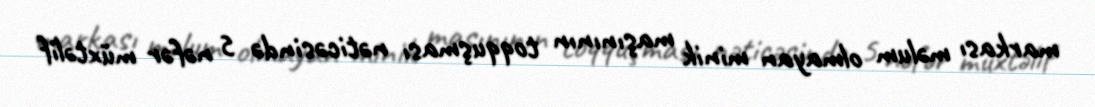
markası məlum olmayan minik maşınının toqquşması nəticəsində 5 nəfər müxtəlif